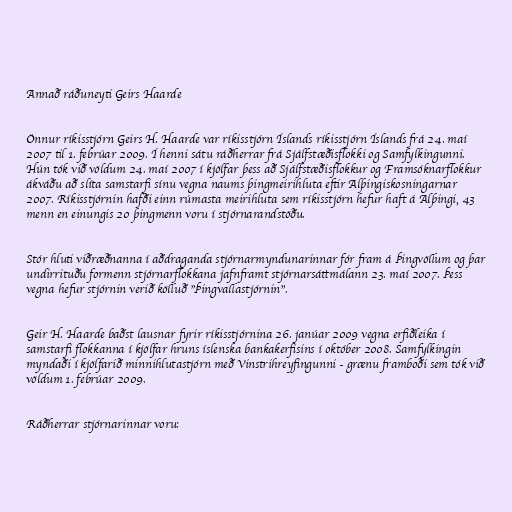
Annað ráðuneyti Geirs Haarde

Önnur ríkisstjórn Geirs H. Haarde var ríkisstjórn Íslands ríkisstjórn Íslands frá 24. maí
2007 til 1. febrúar 2009. Í henni sátu ráðherrar frá Sjálfstæðisflokki og Samfylkingunni.
Hún tók við völdum 24. maí 2007 í kjölfar þess að Sjálfstæðisflokkur og Framsóknarflokkur
ákváðu að slíta samstarfi sínu vegna naums þingmeirihluta eftir Alþingiskosningarnar
2007. Ríkisstjórnin hafði einn rúmasta meirihluta sem ríkisstjórn hefur haft á Alþingi, 43
menn en einungis 20 þingmenn voru í stjórnarandstöðu.

Stór hluti viðræðnanna í aðdraganda stjórnarmyndunarinnar fór fram á Þingvöllum og þar
undirrituðu formenn stjórnarflokkana jafnframt stjórnarsáttmálann 23. maí 2007. Þess
vegna hefur stjórnin verið kölluð "Þingvallastjórnin".

Geir H. Haarde baðst lausnar fyrir ríkisstjórnina 26. janúar 2009 vegna erfiðleika í
samstarfi flokkanna í kjölfar hruns íslenska bankakerfisins í október 2008. Samfylkingin
myndaði í kjölfarið minnihlutastjórn með Vinstrihreyfingunni - grænu framboði sem tók við
völdum 1. febrúar 2009.

Ráðherrar stjórnarinnar voru: